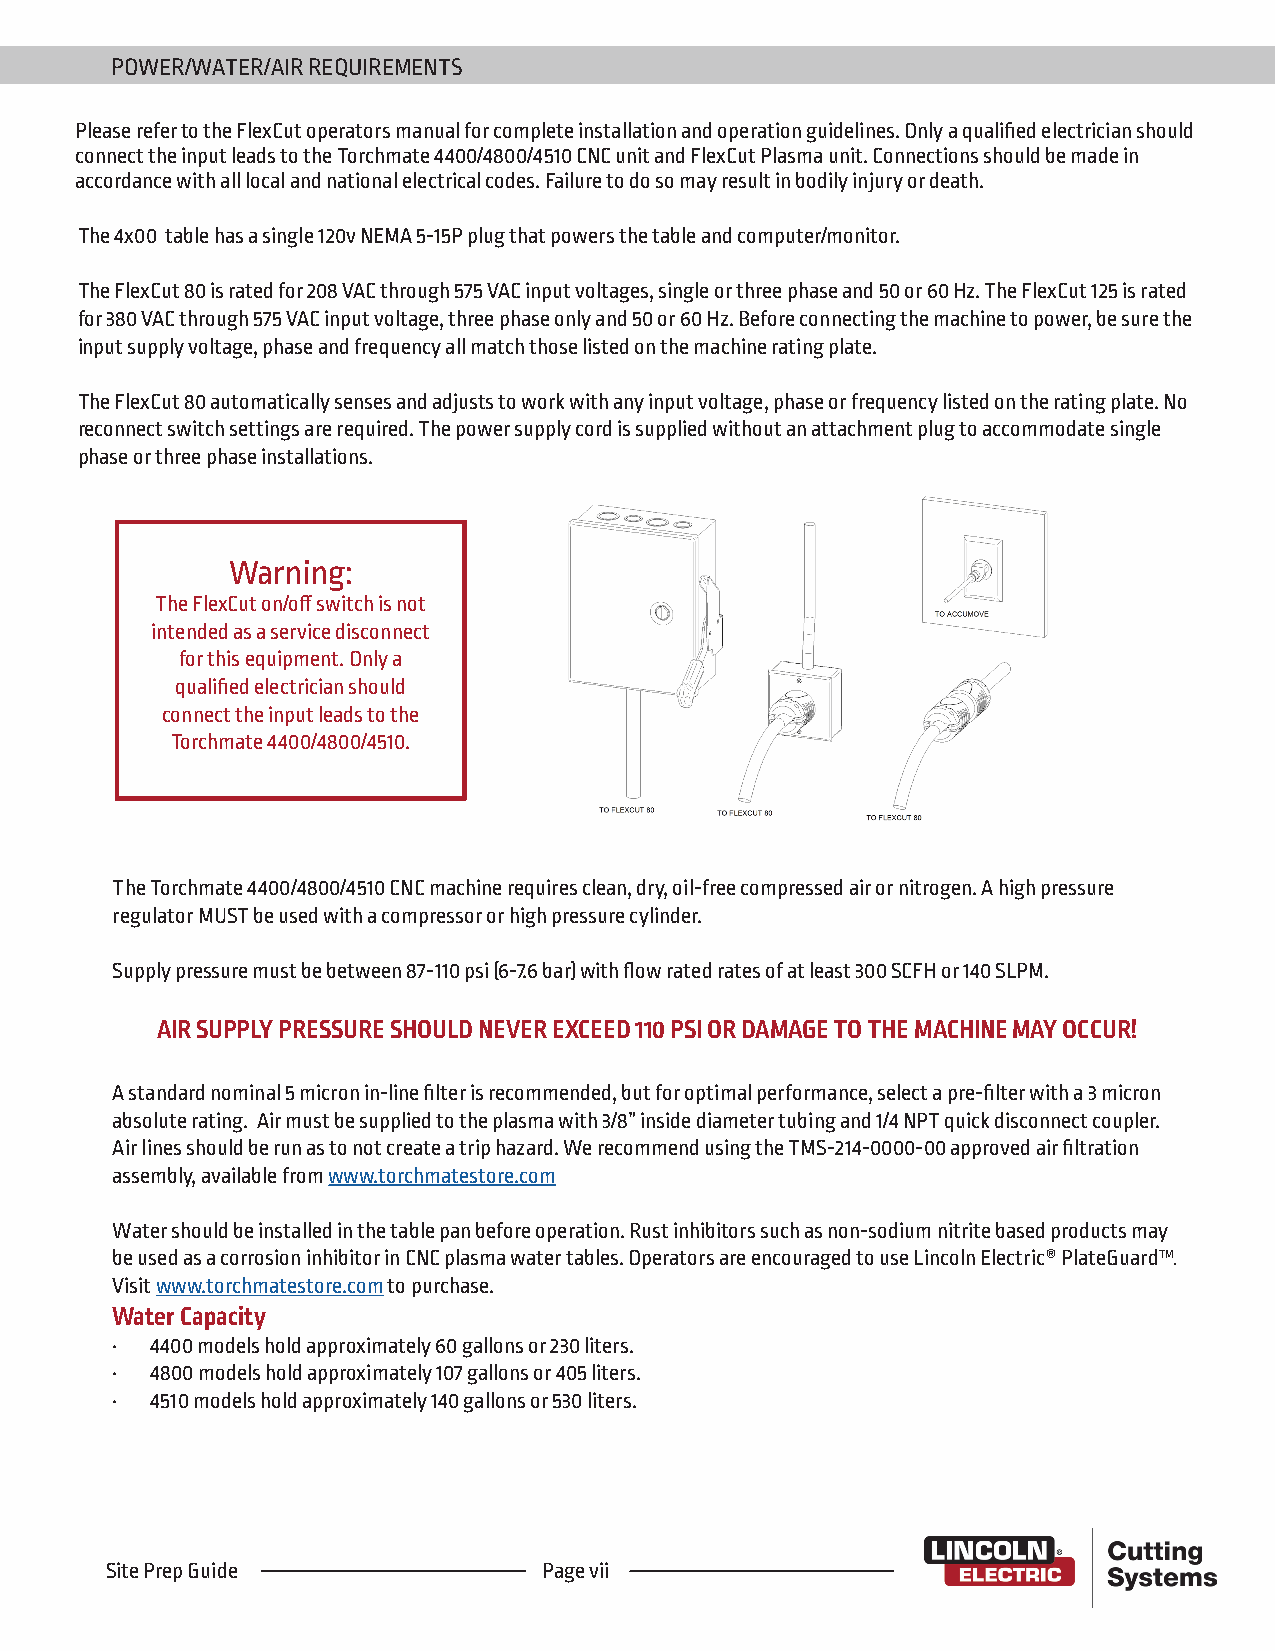
POWER/WATER/AIR REQUIREMENTS
 Please refer to the FlexCut operators manual for complete installation and operation guidelines. Only a qualified electrician should
 connect the input leads to the Torchmate 4400/4800/4510 CNC unit and FlexCut Plasma unit. Connections should be made in
 accordance with all local and national electrical codes. Failure to do so may result in bodily injury or death.
 The 4x00 table has a single 120v NEMA 5-15P plug that powers the table and computer/monitor.
 The FlexCut 80 is rated for 208 VAC through 575 VAC input voltages, single or three phase and 50 or 60 Hz. The FlexCut 125 is rated
 for 380 VAC through 575 VAC input voltage, three phase only and 50 or 60 Hz. Before connecting the machine to power, be sure the
 input supply voltage, phase and frequency all match those listed on the machine rating plate.
 The FlexCut 80 automatically senses and adjusts to work with any input voltage, phase or frequency listed on the rating plate. No
 reconnect switch settings are required. The power supply cord is supplied without an attachment plug to accommodate single
 phase or three phase installations.
 Warning:
 The FlexCut on/off switch is not
 intended as a service disconnect
 for this equipment. Only a
 qualified electrician should
 connect the input leads to the
 Torchmate 4400/4800/4510.
 The Torchmate 4400/4800/4510 CNC machine requires clean, dry, oil-free compressed air or nitrogen. A high pressure
 regulator MUST be used with a compressor or high pressure cylinder.
 Supply pressure must be between 87-110 psi (6-7.6 bar) with flow rated rates of at least 300 SCFH or 140 SLPM.
 AIR SUPPLY PRESSURE SHOULD NEVER EXCEED 110 PSI OR DAMAGE TO THE MACHINE MAY OCCUR!
 A standard nominal 5 micron in-line filter is recommended, but for optimal performance, select a pre-filter with a 3 micron
 absolute rating. Air must be supplied to the plasma with 3/8” inside diameter tubing and 1/4 NPT quick disconnect coupler.
 Air lines should be run as to not create a trip hazard. We recommend using the TMS-214-0000-00 approved air filtration
 assembly, available from www.torchmatestore.com
 Water should be installed in the table pan before operation. Rust inhibitors such as non-sodium nitrite based products may
 be used as a corrosion inhibitor in CNC plasma water tables. Operators are encouraged to use Lincoln Electric® PlateGuardTM.
 Visit www.torchmatestore.com to purchase.
 Water Capacity
 •  4400 models hold approximately 60 gallons or 230 liters.
 •  4800 models hold approximately 107 gallons or 405 liters.
 •  4510 models hold approximately 140 gallons or 530 liters.
 Site Prep Guide              Page vii